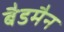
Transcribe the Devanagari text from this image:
बैडमैन